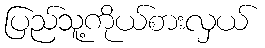
ပြည်သူ့ကိုယ်စားလှယ်